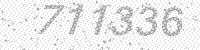
Solution: 711336